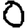
Digit: 0